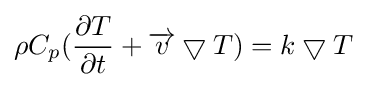
\rho C_{p}({\partial T \over \partial t}+{\overrightarrow {v}}\bigtriangledown T)=k\bigtriangledown T